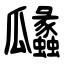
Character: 㼖